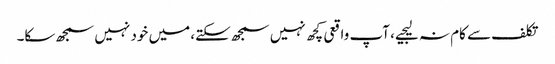
تکلف سے کام نہ لیجیے، آپ واقعی کچھ نہیں سمجھ سکتے، میں خود نہیں سمجھ سکا۔